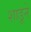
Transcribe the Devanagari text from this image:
शाडूने